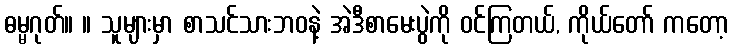
ဓမ္မဂုတ်။ ။ သူများမှာ စာသင်သားဘဝနဲ့ အဲဒီစာမေးပွဲကို ဝင်ကြတယ်, ကိုယ်တော် ကတော့